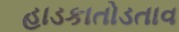
હાડકાતોડતાવ